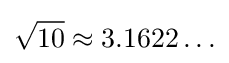
{\sqrt {10}}\approx 3.1622\ldots